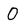
Character: O